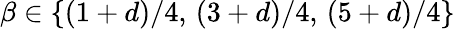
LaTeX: \beta\in\{ (1+d)/4,\, (3+d)/4,\, (5+d)/4\}